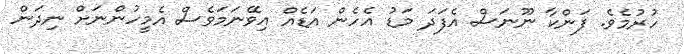
ހުރުމެވެ. ފަންކާ ނޫނަސް އެފަދަ މަޑު އެހެން އަޑެއް އިވޭނަމަވެސް އެމީހުންނަށް ނިދަން